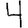
Digit: 4